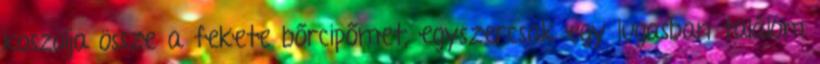
koszolja össze a fekete bőrcipőmet, egyszercsak egy lugasban találom